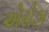
એરોઝ